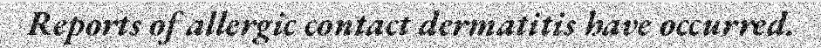
Reports of allergic contact dermatitis have occurred.